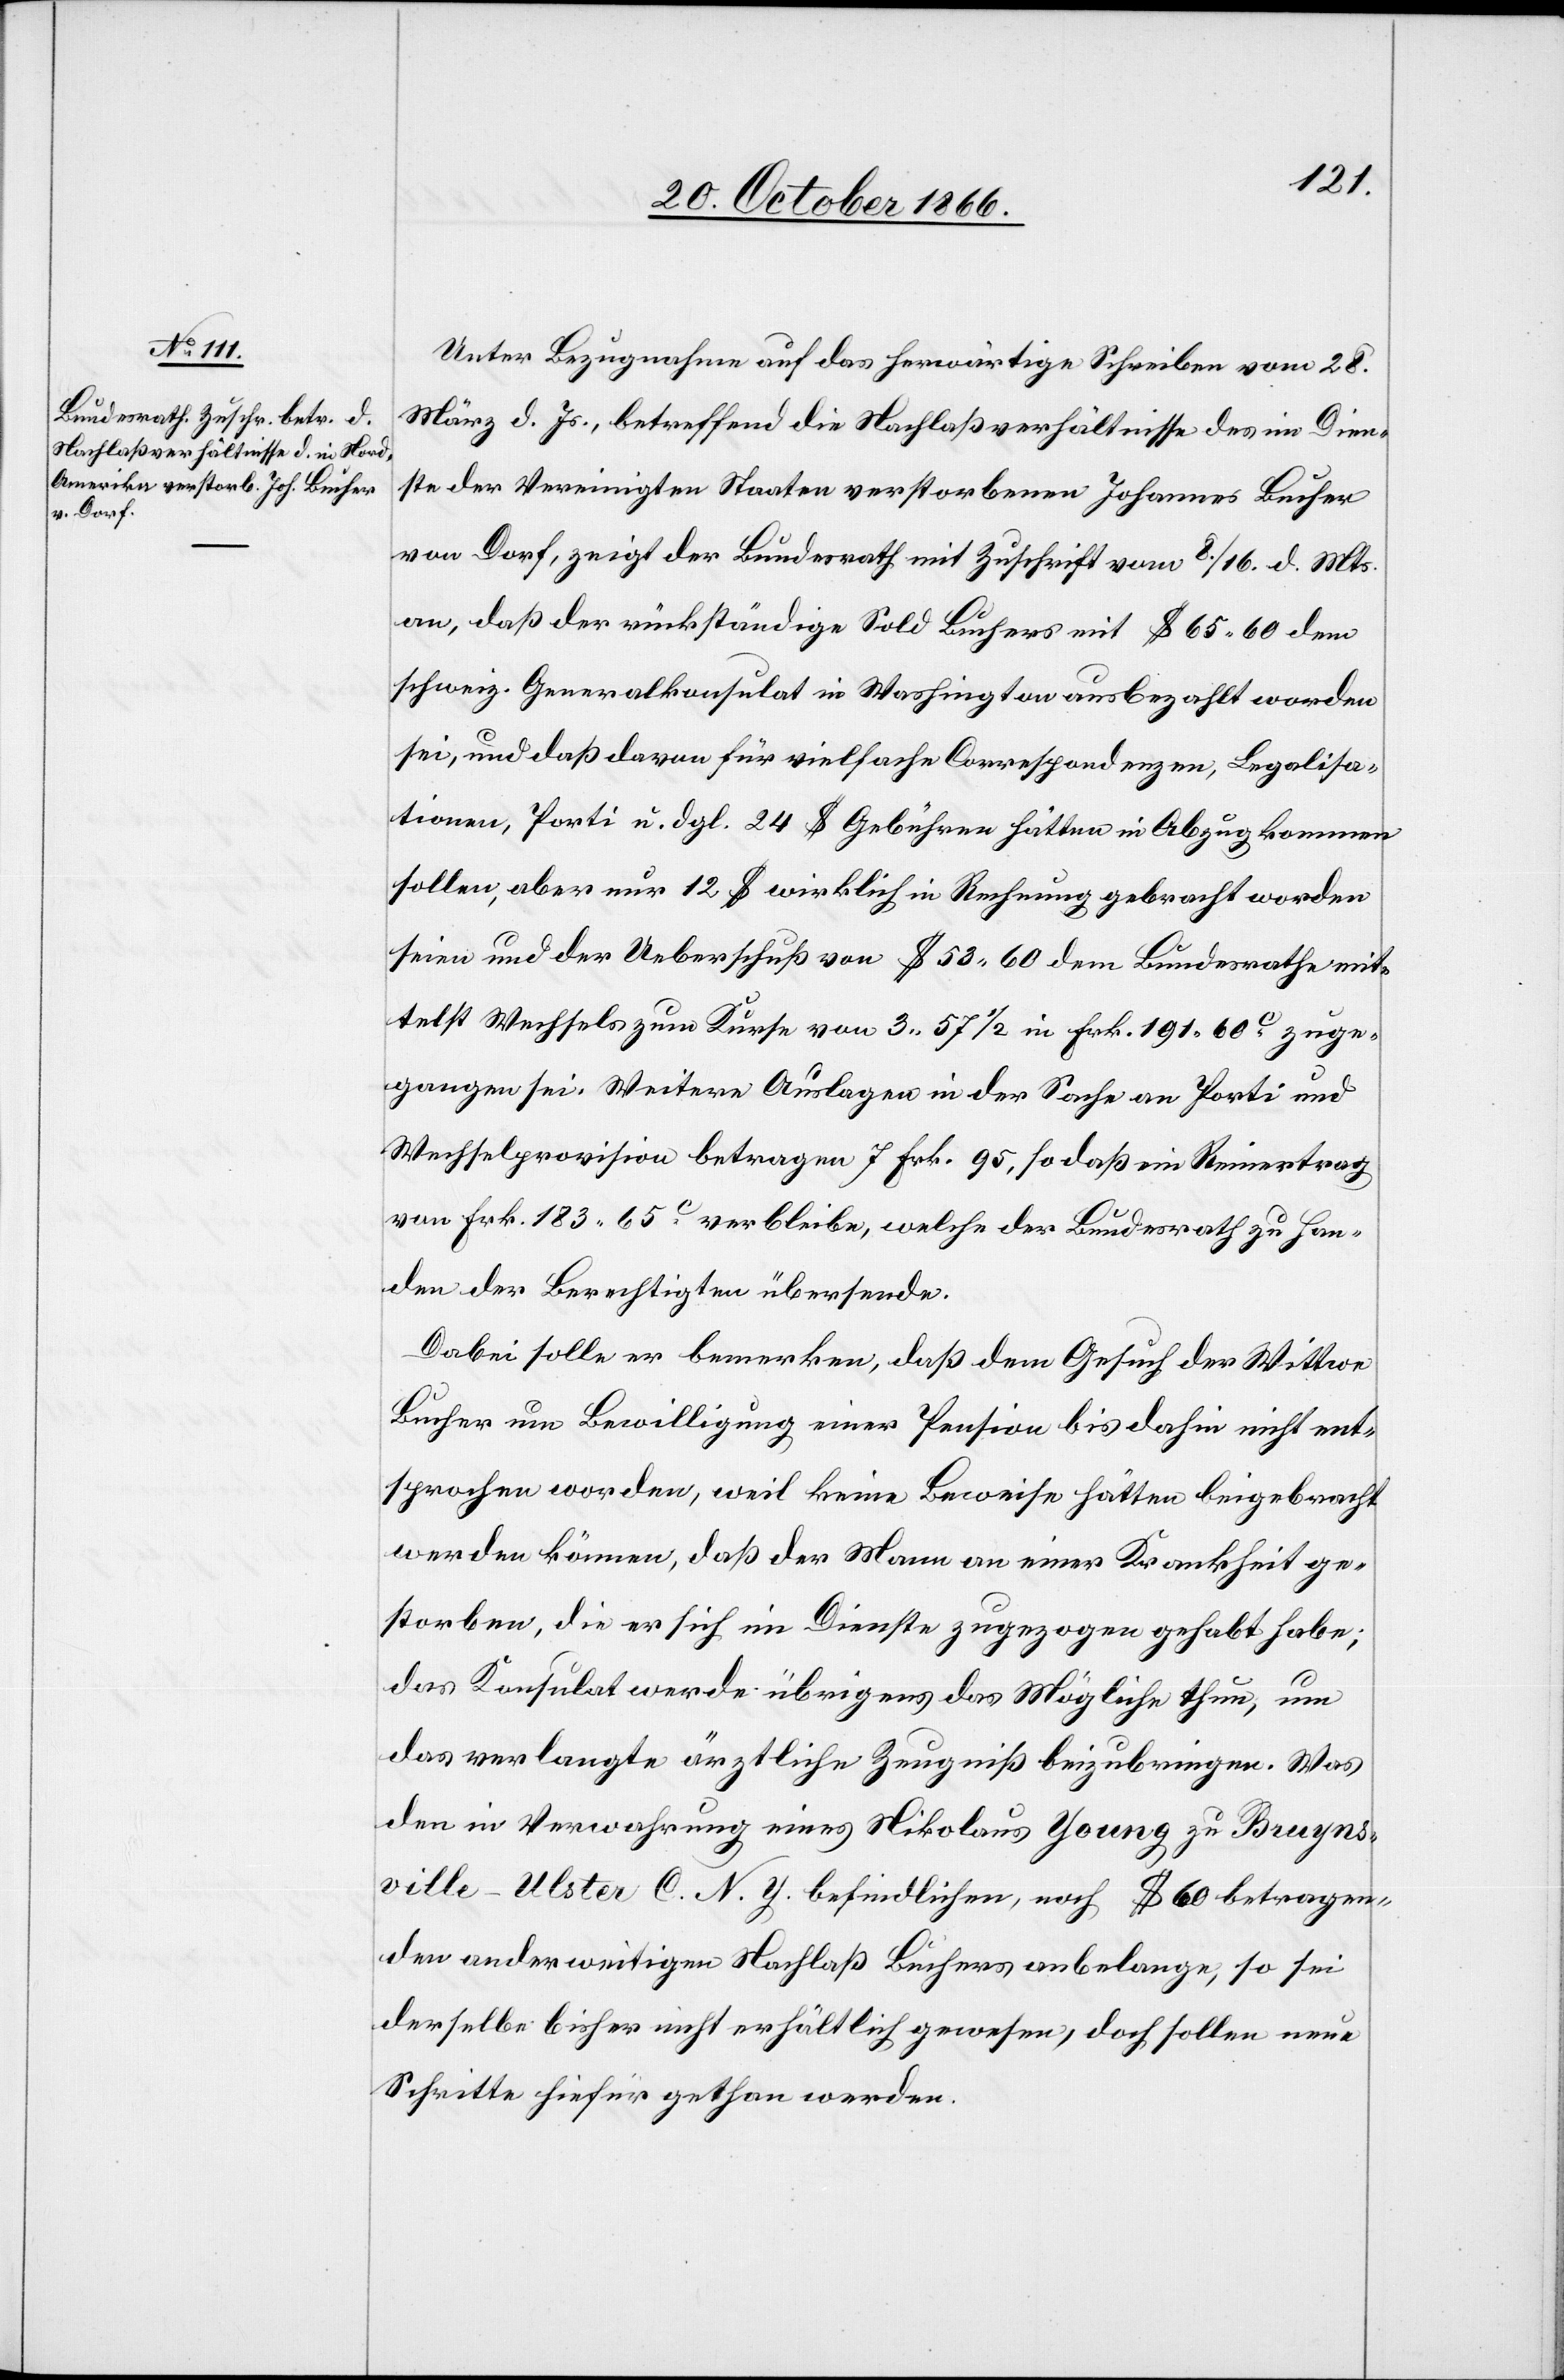
20. October 1866.]
Unter Bezugnahme auf das herwärtige Schreiben vom 28.
März d. Js., betreffend die Nachlaßverhältnisse des im Dien¬
ste der Vereinigten Staaten verstorbenen Johannes Bucher
von Dorf, zeigt der Bundesrath mit Zuschrift vom 8./16.. d. Mts.
an, daß der rückständige Sold Buchers mit $ 65.60 dem
schweiz. Generalkonsulat in Washington ausbezahlt worden
sei, und daß davon für vielfache Correspondenzen, Legalisa¬
tionen, Porti u. dgl. 24 $ Gebühren hätten in Abzug kommen
sollen, aber nur 12 $ wirklich in Rechnung gebracht worden
seien und der Ueberschuß von $ 53.60 dem Bundesrathe mit¬
telst Wechsels zum Kurse von 3.57 ½ in Frk. 191.60 c. zuge¬
gangen sei. Weitere Auslagen in der Sache an Porti und
Wechselprovision betragen 7 Frk. 95, so daß ein Reinertrag
von Frk. 183.65 c. verbleibe, welche der Bundesrath zu Han¬
den der Berechtigten übersende.
Dabei solle er bemerken, daß dem Gesuch der Wittwe
Bucher um Bewilligung einer Pension bis dahin nicht ent¬
sprochen worden, weil keine Beweise hätten beigebracht
werden können, daß der Mann an einer Krankheit ge¬
storben, die er sich im Dienste zugezogen gehabt habe;
das Konsulat werde übrigens das Mögliche thun, um
das verlangte ärztliche Zeugniß beizubringen. Was
den in Verwahrung eines Nikolaus Young zu Bruyns¬
ville-Ulster C. N. Y. befindlichen, noch $ 60 betragen¬
den anderweitigen Nachlaß Buchers anbelange, so sei
derselbe bisher nicht erhältlich gewesen, doch sollen neue
Schritte hiefür gethan werden.